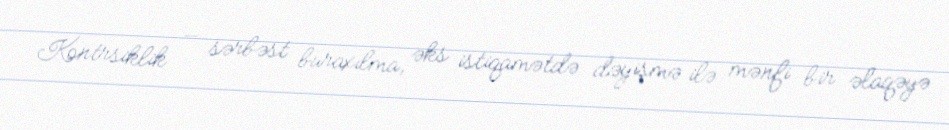
Kontrsiklik — sərbəst buraxılma, əks istiqamətdə dəyişmə ilə mənfi bir əlaqəyə